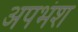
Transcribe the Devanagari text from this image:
अपभंश